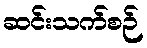
ဆင်းသက်စဉ်